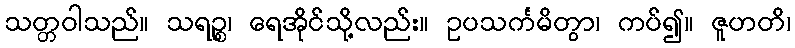
သတ္တဝါသည်။ သရဉ္စ၊ ရေအိုင်သို့လည်း။ ဥပသင်္ကမိတွာ၊ ကပ်၍။ ဇူဟတိ၊